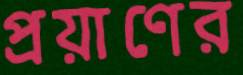
প্রয়াণের